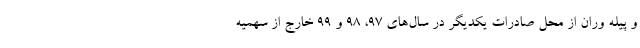
و پیله وران از محل صادرات یکدیگر در سال‌های ۹۷، ۹۸ و ۹۹ خارج از سهمیه